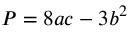
P = 8 a c - 3 b ^ { 2 }